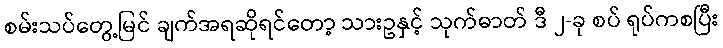
စမ်းသပ်တွေ့မြင် ချက်အရဆိုရင်တော့ သားဥနှင့် သုက်ဓာတ် ဒီ ၂-ခု စပ် ရုပ်ကစပြီး